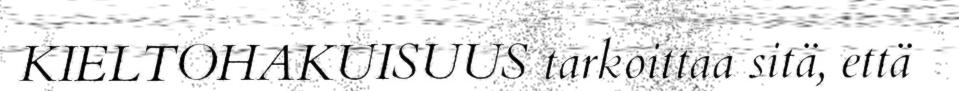
KIELTOHAKUISUUS tarkoittaa sitä, että